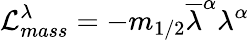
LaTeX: {\cal L}_{mass}^{\lambda}=-m_{1/2}\overline{{{\lambda}}}^{\alpha}\lambda^{\alpha}